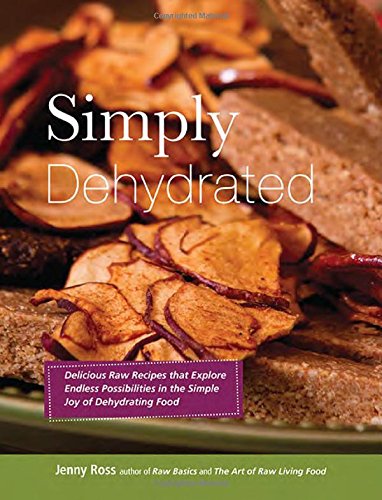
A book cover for Simply Dehydrated; Jenny Ross; Cookbooks, Food & Wine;